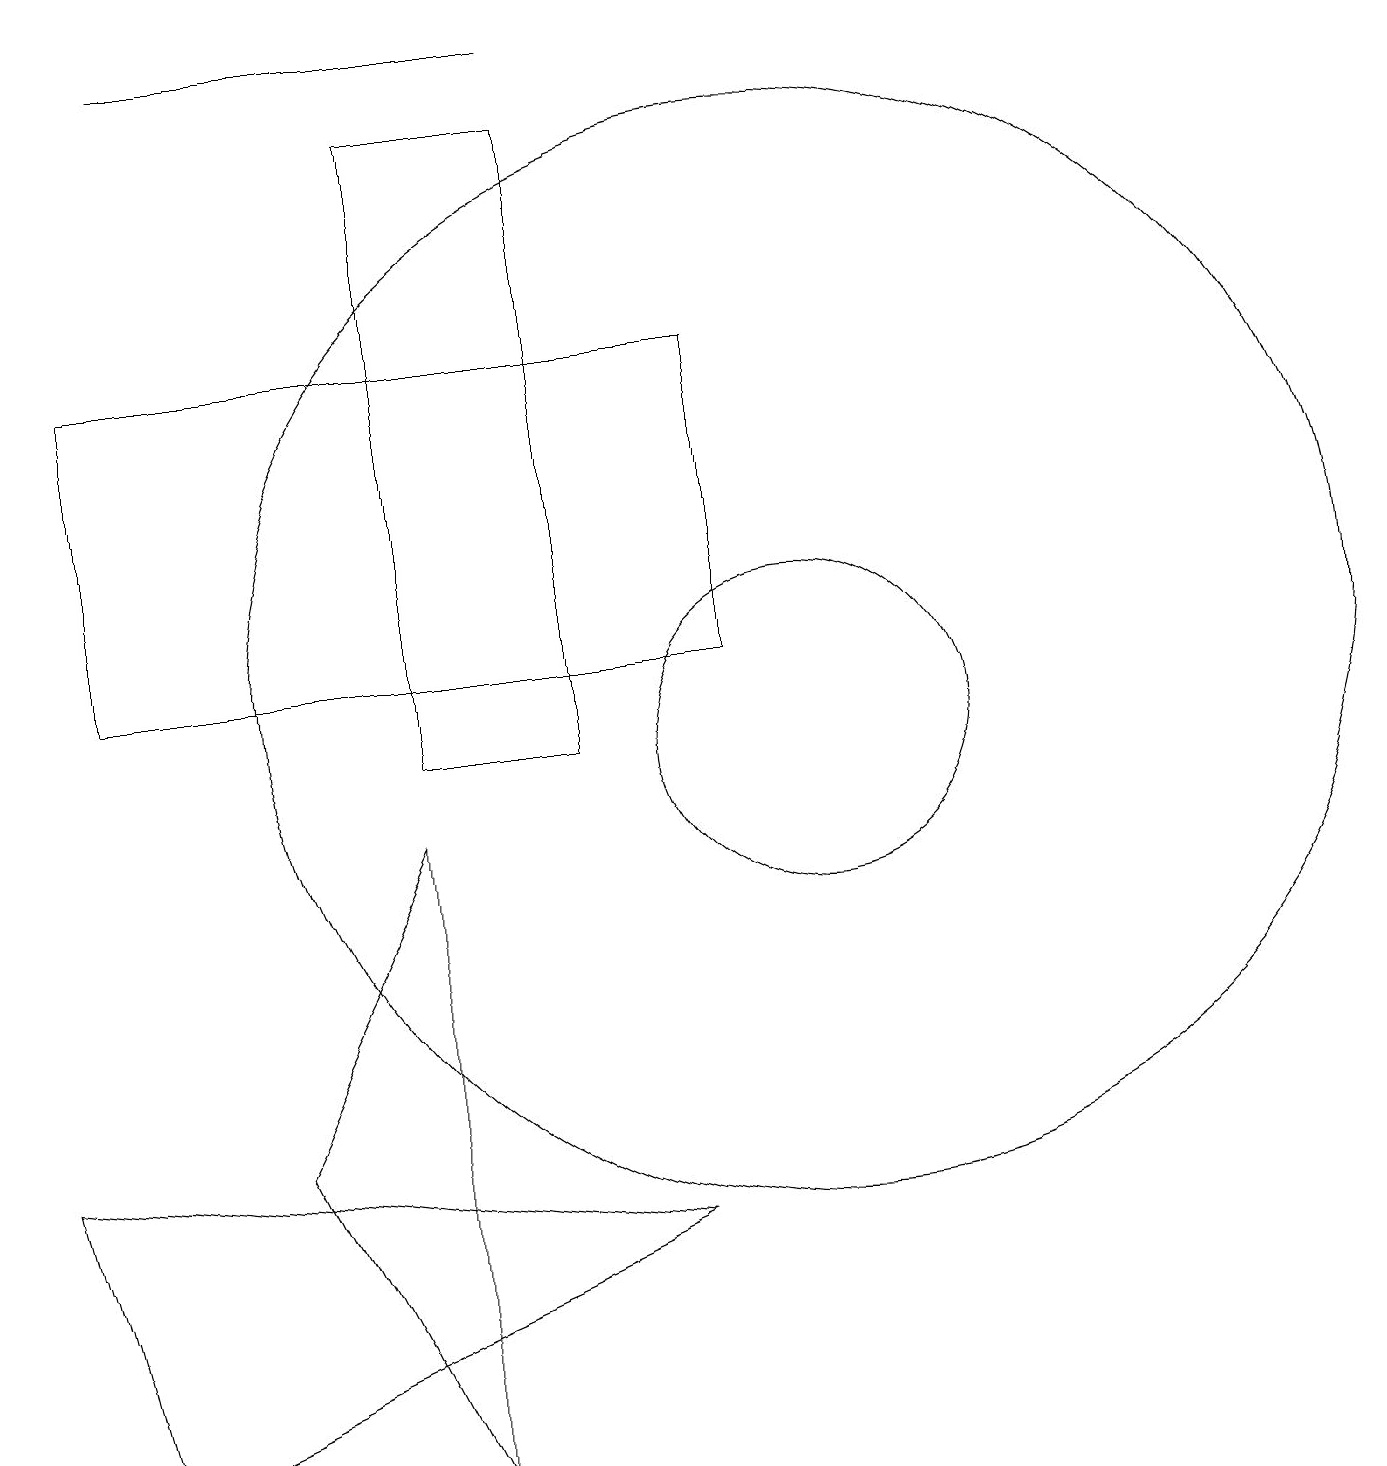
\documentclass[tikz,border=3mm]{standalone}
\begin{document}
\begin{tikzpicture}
\draw (3,5) -- (5,1) -- (5,9) -- cycle;
\draw (1,1) -- (0,5) -- (8,4) -- cycle;
\draw (7,19) rectangle (2,19);
\draw (10,10) circle (2);
\draw (5,18) rectangle (7,10);
\draw (10,11) circle (7);
\draw (9,15) rectangle (1,11);
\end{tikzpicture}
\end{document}